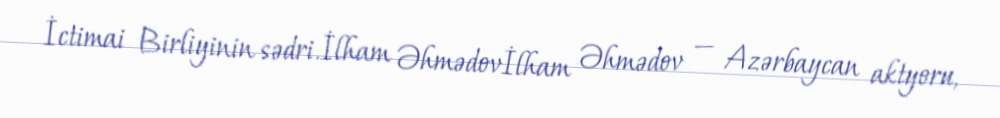
İctimai Birliyinin sədri.İlham Əhmədovİlham Əhmədov — Azərbaycan aktyoru,